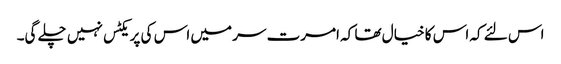
اس لئے کہ اس کا خیال تھا کہ امرت سر میں اس کی پریکٹس نہیں چلے گی۔